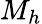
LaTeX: M_{h}